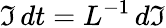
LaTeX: \mathfrak{I}\, dt=L^{-1}\, d\mathfrak{I}